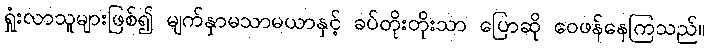
ရှုံးလာသူများဖြစ်၍ မျက်နှာမသာမယာနှင့် ခပ်တိုးတိုးသာ ပြောဆို ဝေဖန်နေကြသည်။